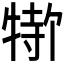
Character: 𬌣